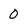
Character: O